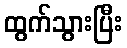
ထွက်သွားပြီး